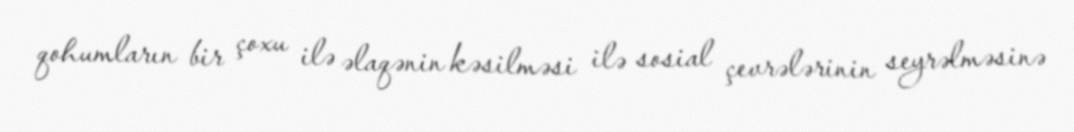
qohumların bir çoxu ilə əlaqənin kəsilməsi ilə sosial çevrələrinin seyrəlməsinə